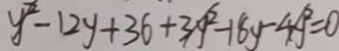
y ^ { 2 } - 1 2 y + 3 6 + 3 A ^ { 6 } - 1 8 y - 4 A ^ { 6 } = 0